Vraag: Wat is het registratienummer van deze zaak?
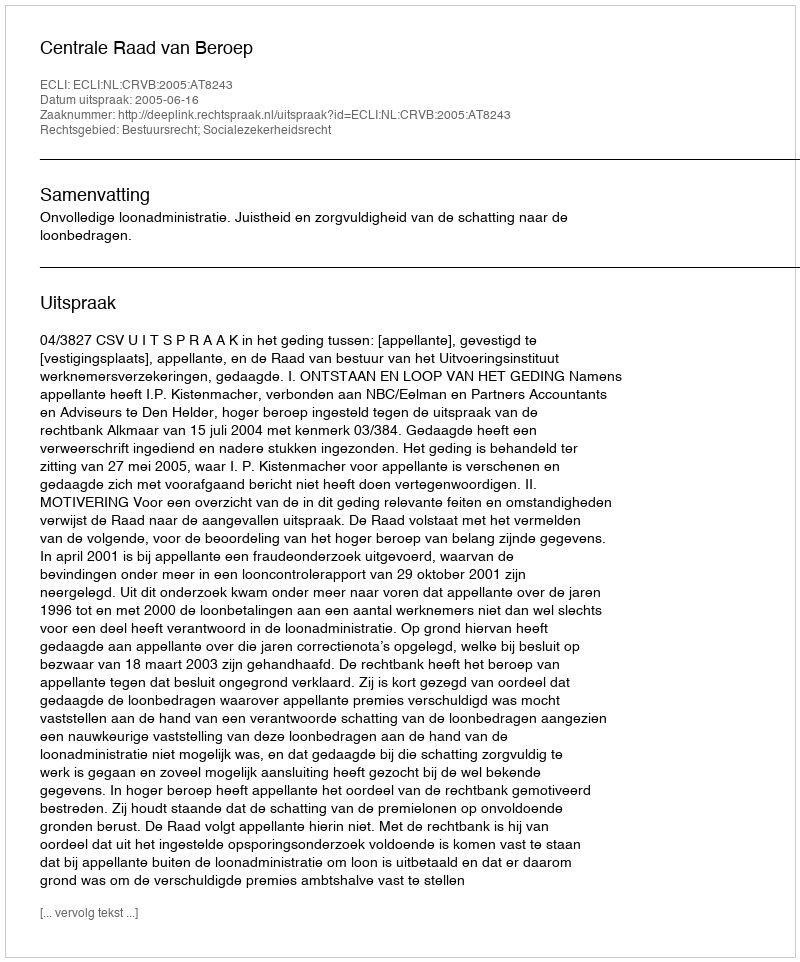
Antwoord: http://deeplink.rechtspraak.nl/uitspraak?id=ECLI:NL:CRVB:2005:AT8243